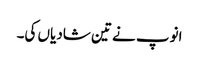
انوپ نے تین شادیاں کی۔